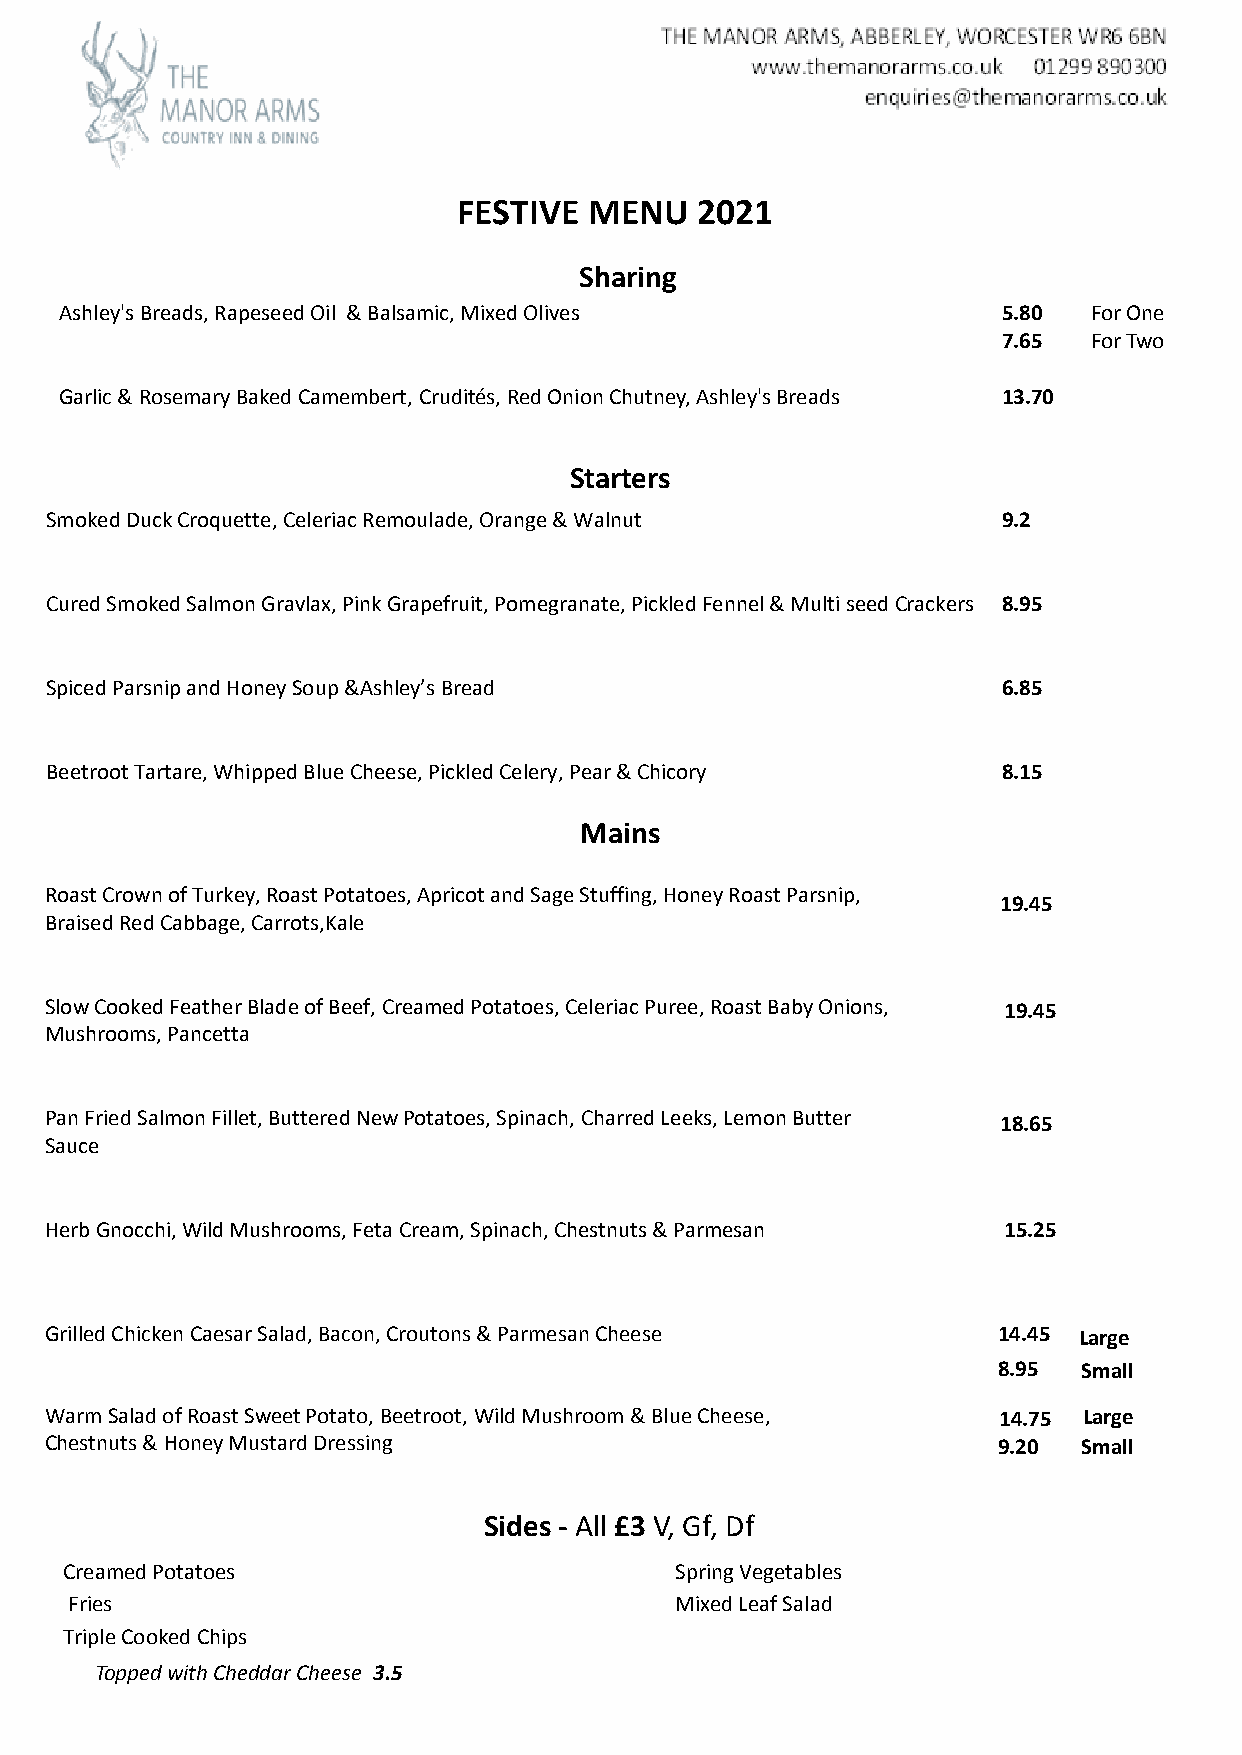
FESTIVE  MENU   2021
 Sharing
 Ashley's Breads, Rapeseed Oil & Balsamic, Mixed Olives        5.80  For One
 (Wheat, Milk, Eggs, Sulphites, Soya)                          7.65  For Two
 Garlic & Rosemary Baked Camembert, Crudités, Red Onion Chutney, Ashley's Breads 13.70
 (Wheat, Milk, Sulphites, Soya, Celery)
 Starters
 Smoked Duck Croquette, Celeriac Remoulade, Orange & Walnut     9.2
 (Nuts, Milk, Egg, Soya, Wheat, Celery)
 Cured Smoked Salmon Gravlax, Pink Grapefruit, Pomegranate, Pickled Fennel & Multi seed Crackers 8.95
 (Fish, Milk, Wheat, Sulphites, Eggs)
 Spiced Parsnip and Honey Soup &Ashley’s Bread                  6.85
 (Milk, Celery, Soya, Wheat)
 Beetroot Tartare, Whipped Blue Cheese, Pickled Celery, Pear & Chicory 8.15
 (Milk, Celery, Sulphites)
 Mains
 Roast Crown of Turkey, Roast Potatoes, Apricot and Sage Stuffing, Honey Roast Parsnip,
 19.45
 Braised Red Cabbage, Carrots,Kale
 (Soya, Sulphites, Milk, Celery)
 Slow Cooked Feather Blade of Beef, Creamed Potatoes, Celeriac Puree, Roast Baby Onions, 19.45
 Mushrooms, Pancetta
 (Soya, Sulphites, Milk, Celery)
 Pan Fried Salmon Fillet, Buttered New Potatoes, Spinach, Charred Leeks, Lemon Butter 18.65
 Sauce
 (Fish, Soya, Sulphites, Milk)
 Herb Gnocchi, Wild Mushrooms, Feta Cream, Spinach, Chestnuts & Parmesan 15.25
 (Eggs, Milk, Nuts, Soya, Wheat)
 Grilled Chicken Caesar Salad, Bacon, Croutons & Parmesan Cheese 14.45 Large
 (Wheat, Fish, Eggs, Soya, Sulphites, Milk)
 8.95  Small
 Warm Salad of Roast Sweet Potato, Beetroot, Wild Mushroom & Blue Cheese, 14.75 Large
 Chestnuts & Honey Mustard Dressing                             9.20  Small
 (Nuts, Milk, Mustard, Soya, Sulphites)
 Sides - All £3 V, Gf, Df
 Creamed Potatoes                         Spring Vegetables
 Fries                                   Mixed Leaf Salad
 Triple Cooked Chips
 Topped with Cheddar Cheese 3.5